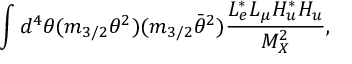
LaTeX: \int d ^ { 4 } \theta ( m _ { 3 / 2 } \theta ^ { 2 } ) ( m _ { 3 / 2 } \bar { \theta } ^ { 2 } ) \frac { L _ { e } ^ { * } L _ { \mu } H _ { u } ^ { * } H _ { u } } { M _ { X } ^ { 2 } } ,